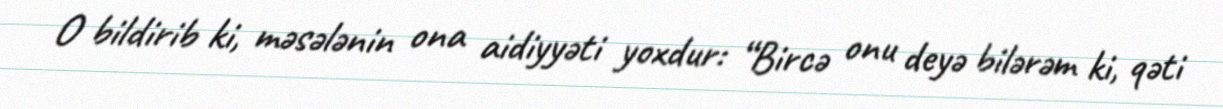
O bildirib ki, məsələnin ona aidiyyəti yoxdur: “Bircə onu deyə bilərəm ki, qəti